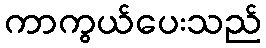
ကာကွယ်ပေးသည်